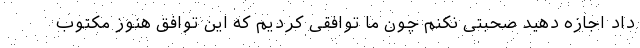
داد اجازه دهید صحبتی نکنم چون ما توافقی کردیم که این توافق هنوز مکتوب